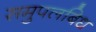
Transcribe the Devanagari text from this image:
समुपलबिध